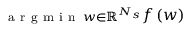
\substack { \mathrm { ~ a ~ r ~ g ~ m ~ i ~ n ~ } \, \boldsymbol { w } \in \mathbb { R } ^ { N _ { s } } } f \left( \boldsymbol { w } \right)